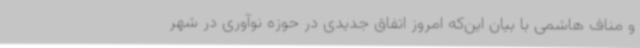
و مناف هاشمی با بیان این‌که امروز اتفاق جدیدی در حوزه نوآوری در شهر